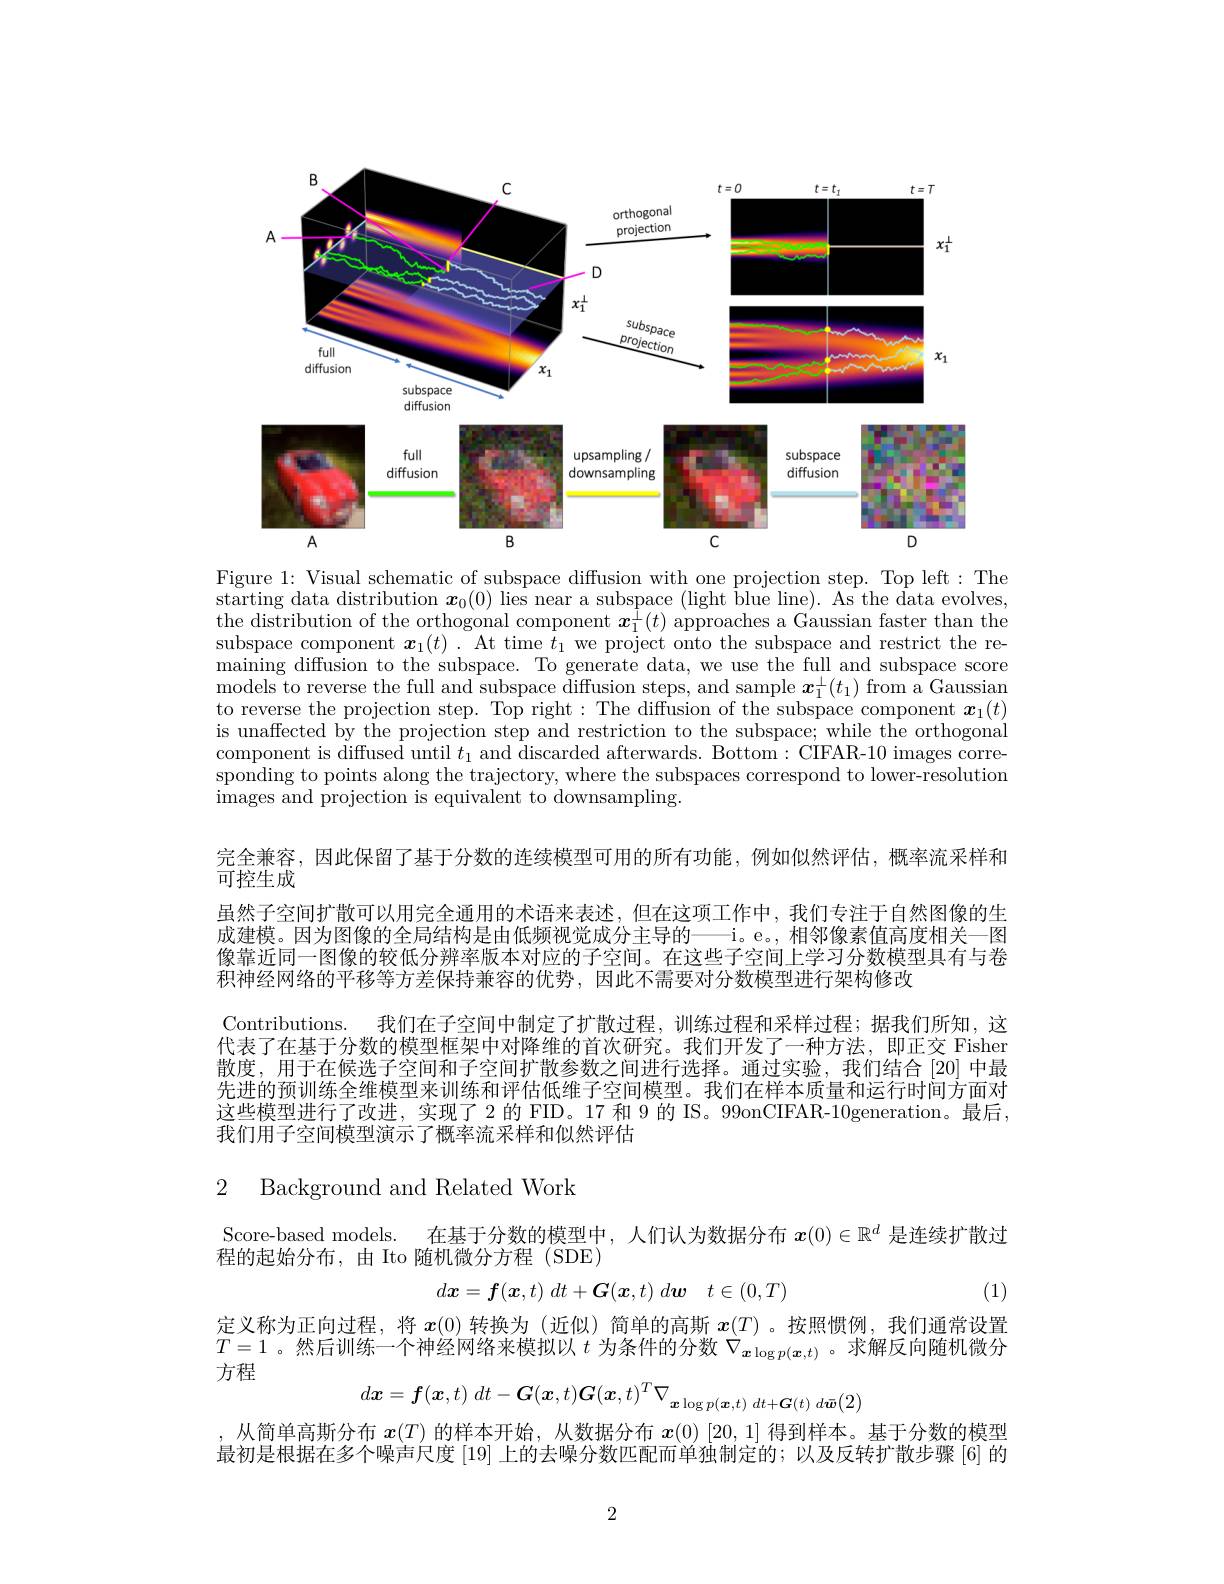
<FigureHere>

Figure 1: Visual schematic of subspace diffusion with one projection step. Top left: The starting data distribution $\boldsymbol x_0(0)$ lies near a subspace (light blue line). As the data evolves, the distribution of the orthogonal component $x_1^{\hat{1}}(t)$ approaches a Gaussian faster than the subspace component $\boldsymbol x_1(t).$ At time $\bar{t}_1$ we project onto the subspace and restrict the re- $\bar{\text{maining diffusion to the subspace. To generate data, we use the full and subspace score}}$ models to reverse the full and subspace diffusion steps, and sample $\boldsymbol x_1^\perp(t_1)$ from a Gaussian to reverse the projection step. Top right: The diffusion of the subspace component $x_1(t)$ is unaffected by the projection step and restriction to the subspace; while the orthogonal component is diffused until $t_1$ and discarded afterwards. Bottom: CIFAR-10 images corresponding to points along the trajectory, where the subspaces correspond to lower-resolution images and projection is equivalent to downsampling

完全兼容，因此保留了基于分数的连续模型可用的所有功能，例如似然评估，概率流采样和
可控生成
虽然子空间扩散可以用完全通用的术语来表述，但在这项工作中，我们专注于自然图像的生成建模。因为图像的全局结构是由低频视觉成分主导的——i。e。, 相邻像素值高度相关一图像靠近同一图像的较低分辨率版本对应的子空间。在这些子空间上学习分数模型具有与卷积神经网络的平移等方差保持兼容的优势，因此不需要对分数模型进行架构修改
Contributions. 我们在子空间中制定了扩散过程，训练过程和采样过程；据我们所知，这代表了在基于分数的模型框架中对降维的首次研究。我们开发了一种方法，即正交 Fishen 散度，用于在候选子空间和子空间扩散参数之间进行选择。通过实验，我们结合[20]中最先进的预训练全维模型来训练和评估低维子空间模型。我们在样本质量和运行时间方面对这些模型进行了改进，实现了2 的 FID。17 和 9 的 IS。99onCIFAR-10generation。最后我们用子空间模型演示了概率流采样和似然评估

### 2 Background and Related Work

Score-based models. 在基于分数的模型中，人们认为数据分布$x(0)\in\mathbb{R}^d$是连续扩散过
程的起始分布，由 Ito 随机微分方程 (SDE)
$$d\boldsymbol{x}=\boldsymbol{f}(\boldsymbol{x},t)\:dt+\boldsymbol{G}(\boldsymbol{x},t)\:d\boldsymbol{w}\quad t\in(0,T)$$
(1)

定义称为正向过程，将$x$(0)转换为(近似)简单的高斯$x(\underline{T})$ 。按照惯例，我们通常设置$T=1$ 。然后训练一个神经网络来模拟以$t$为条件的分数$\nabla_\boldsymbol{x}\log p(\boldsymbol{x},t)$ 。求解反向随机微分方程
$$d\boldsymbol{x}=\boldsymbol{f}(\boldsymbol{x},t)\:dt-\boldsymbol{G}(\boldsymbol{x},t)\boldsymbol{G}(\boldsymbol{x},t)^T\nabla_{\boldsymbol{x}\log p(\boldsymbol{x},t)\:dt+\boldsymbol{G}(t)\:d\bar{\boldsymbol{w}}(2)}$$
从简单高斯分布$x(T)$的样本开始，从数据分布$x(0)[20,1]$得到样本。基于分数的模型最初是根据在多个噪声尺度[19]上的去噪分数匹配而单独制定的；以及反转扩散步骤 [6] 的

2